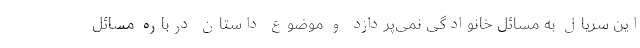
این سریال به مسائل خانوادگی نمی‌‌پردازد و موضوع داستان درباره مسائل